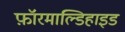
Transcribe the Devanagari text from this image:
फ़ॉरमाल्डिहाइड